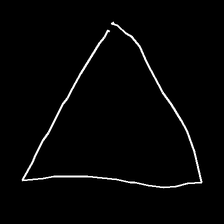
Glyph: convergence